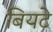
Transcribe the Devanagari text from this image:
बियटे